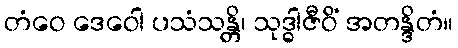
တံဝေ ဒေဝေါ ပသံသန္တိ၊ သုဒ္ဓါဇီဝိံ အတန္ဒိတံ။